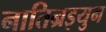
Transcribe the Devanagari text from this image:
नातिन्रइयुन